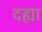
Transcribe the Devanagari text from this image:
दह्या